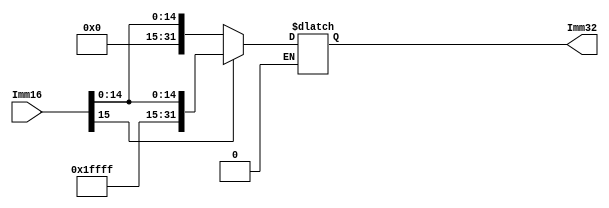
`timescale 1ns / 1ps
//////////////////////////////////////////////////////////////////////////////////
// Company: 
// Engineer: 
// 
// Design Name: 
// Module Name:    signextend 
// Project Name: 
// Target Devices: 
// Tool versions: 
// Description: 
//
// Dependencies: 
//
// Revision: 
// Revision 0.01 - File Created
// Additional Comments: 
//
//////////////////////////////////////////////////////////////////////////////////
module signextend(Imm16, Imm32);
	// Accepts a 16-bit input and outputs the sign-extended 32-bit number
	
	input			[15:0] Imm16;
	output reg	[31:0] Imm32;
	
	always @ (*) begin
		if (Imm16[15] == 1'b1)
			Imm32 <= {16'b1111111111111111, Imm16};
		else if (Imm16[15] == 1'b0)
			Imm32 <= {16'b0000000000000000, Imm16};
	end

endmodule